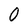
Character: 0